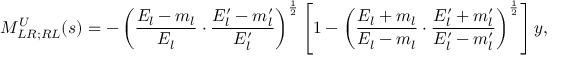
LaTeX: M _ { L R ; R L } ^ { U } ( s ) = - \left( \frac { E _ { l } - m _ { l } } { E _ { l } } \cdot \frac { E _ { l } ^ { \prime } - m _ { l } ^ { \prime } } { E _ { l } ^ { \prime } } \right) ^ { \frac { 1 } { 2 } } \left[ 1 - \left( \frac { E _ { l } + m _ { l } } { E _ { l } - m _ { l } } \cdot \frac { E _ { l } ^ { \prime } + m _ { l } ^ { \prime } } { E _ { l } ^ { \prime } - m _ { l } ^ { \prime } } \right) ^ { \frac { 1 } { 2 } } \right] y ,